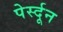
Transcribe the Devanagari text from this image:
पेर्स्दून